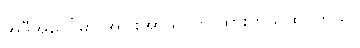
အဲဒီအပေါ်မှာ အငြိုးအာဃာတ ထားတယ်ထင်တယ်။